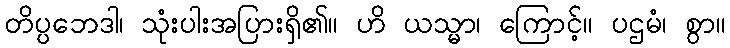
တိပ္ပဘေဒါ၊ သုံးပါးအပြားရှိ၏။ ဟိ ယသ္မာ၊ ကြောင့်။ ပဌမံ၊ စွာ။